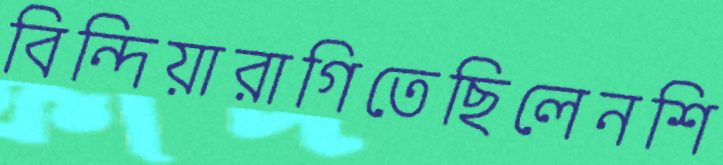
বিন্দিয়ারাগিতেছিলেনশি